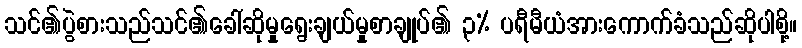
သင်၏ပွဲစားသည်သင်၏ခေါ်ဆိုမှုရွေးချယ်မှုစာချုပ်၏ ၃% ပရီမီယံအားကောက်ခံသည်ဆိုပါစို့။